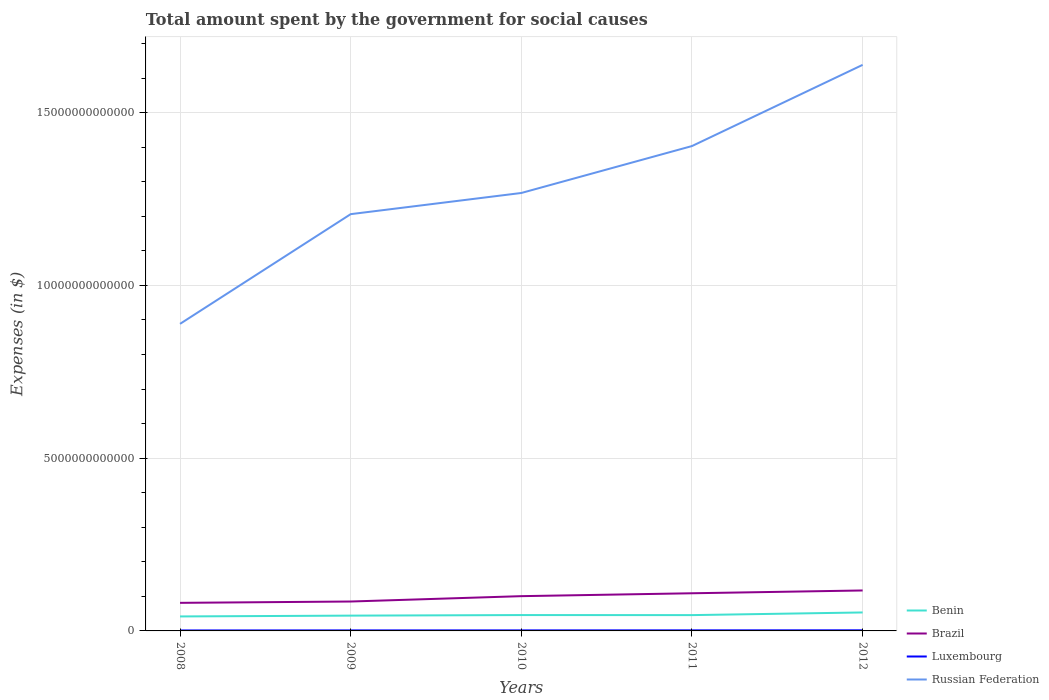
| Years | Benin | Brazil | Luxembourg | Russian Federation |
 | --- | --- | --- | --- | --- |
 | 2008 | 4.19e+11 | 8.13e+11 | 1.34e+10 | 8.89e+12 |
 | 2009 | 4.43e+11 | 8.51e+11 | 1.47e+10 | 1.21e+13 |
 | 2010 | 4.59e+11 | 1.01e+12 | 1.56e+10 | 1.27e+13 |
 | 2011 | 4.58e+11 | 1.09e+12 | 1.63e+10 | 1.4e+13 |
 | 2012 | 5.35e+11 | 1.17e+12 | 1.76e+10 | 1.64e+13 |